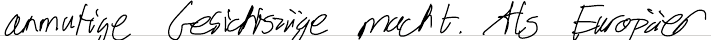
anmutige Gesichtszüge macht. Als Europäer